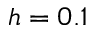
h = 0 . 1